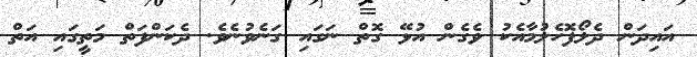
އައިދަން ދެލޯފޮހެލުމާއެކު ވެގެން އުޅޭ ގޮތް ނަގައި ގަނެވުނެވެ. ދެކަންފަތް މަތީގައި އަތް